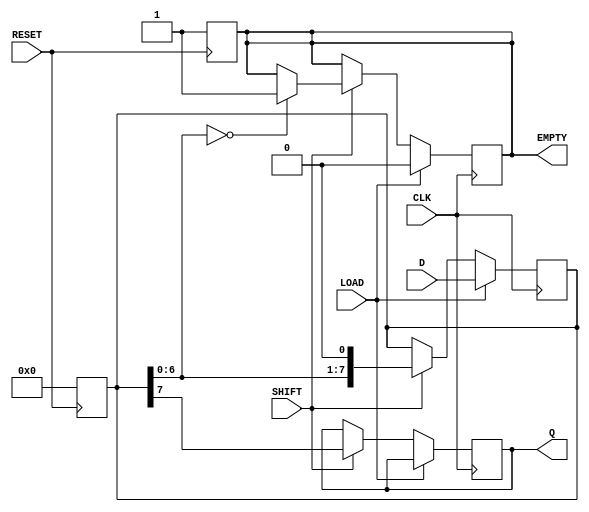
module PISO_Register #(
    parameter n = 8 // Width of the parallel data input
)(
    input wire [n-1:0] D,     // Parallel Data Input
    input wire LOAD,          // Load Signal
    input wire CLK,           // Clock Signal
    input wire SHIFT,         // Shift Signal
    input wire RESET,         // Reset Signal
    output reg Q,             // Serial Output
    output reg EMPTY          // Empty Signal
);

    reg [n-1:0] SR;           // Shift Register

    // Asynchronous Reset
    always @(posedge RESET) begin
        SR <= {n{1'b0}};       // Clear the shift register
        EMPTY <= 1'b1;        // Indicate the register is empty
    end

    // Main logic for loading and shifting
    always @(posedge CLK) begin
        if (LOAD) begin
            SR <= D;           // Load parallel data into shift register
            EMPTY <= 1'b0;     // Data is loaded, so not empty
        end
        else if (SHIFT) begin
            Q <= SR[n-1];      // Output the MSB (most significant bit)
            SR <= {SR[n-2:0], 1'b0}; // Shift right; LSB is filled with 0
            // Update EMPTY signal
            if (SR[n-2:0] == {n-1{1'b0}}) begin
                EMPTY <= 1'b1;  // Register is empty after shift
            end
        end
    end

endmodule